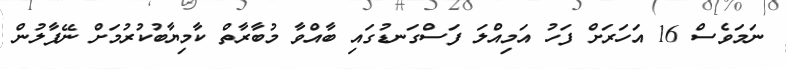
ނަމަވެސް 16 އަހަރަށް ފަހު އަމިއްލަ ފަސްގަނޑުގައި ބާއްވާ މުބާރާތް ކާމިޔާބުކުރުމަށް ނޭޕާލުން